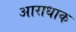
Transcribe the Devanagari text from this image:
आराधाक